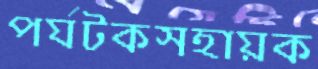
পর্যটকসহায়ক